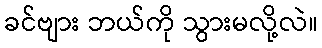
ခင်ဗျား ဘယ်ကို သွားမလို့လဲ။